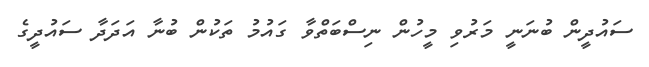
ސައުދީން ބުނަނީ މަރުވި މީހުން ނިސްބަތްވާ ގައުމު ތަކުން ބުނާ އަދަދާ ސައުދީގެ